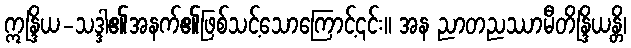
ဣန္ဒြိယ-သဒ္ဒါ၏အနက်၏ဖြစ်သင့်သောကြောင့်၎င်း။ အန ညာတညဿာမီတိန္ဒြိယန္တိ၊